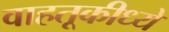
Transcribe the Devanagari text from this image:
वाहतूकीध्ये